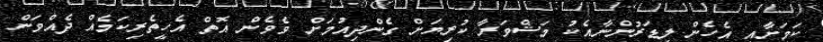
ކަމަށާއި އެހެން ލީޑަރުންނާއެކު މަޝްވަރާ ކުރިޔަށް ގެންދިއުމަށް ވެވެން އޮތް އެހީތެރިކަމެއް ދެއްވަން